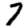
Digit: 7